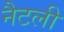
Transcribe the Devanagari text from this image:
नैटली